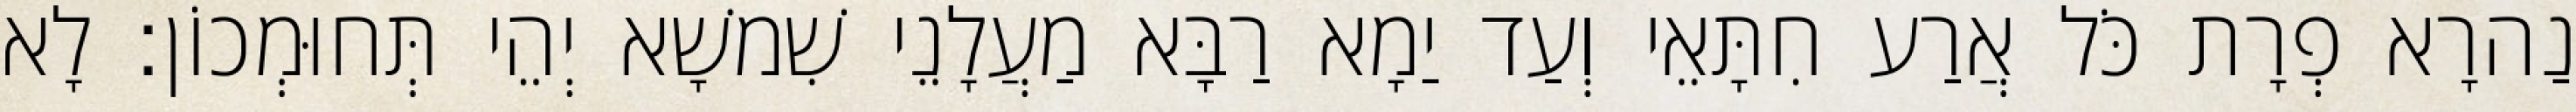
נַהרָא פְרָת כֹּל אֲרַע חִתָּאֵי וְעַד יַמָא רַבָּא מַעֲלָנֵי שִׁמשָׁא יְהֵי תְּחוּמְכוֹן׃ לָא